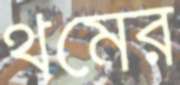
থমের